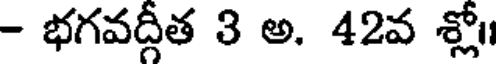
- భగవద్గీత 3 అ. 42వ శ్లో